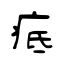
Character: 疷